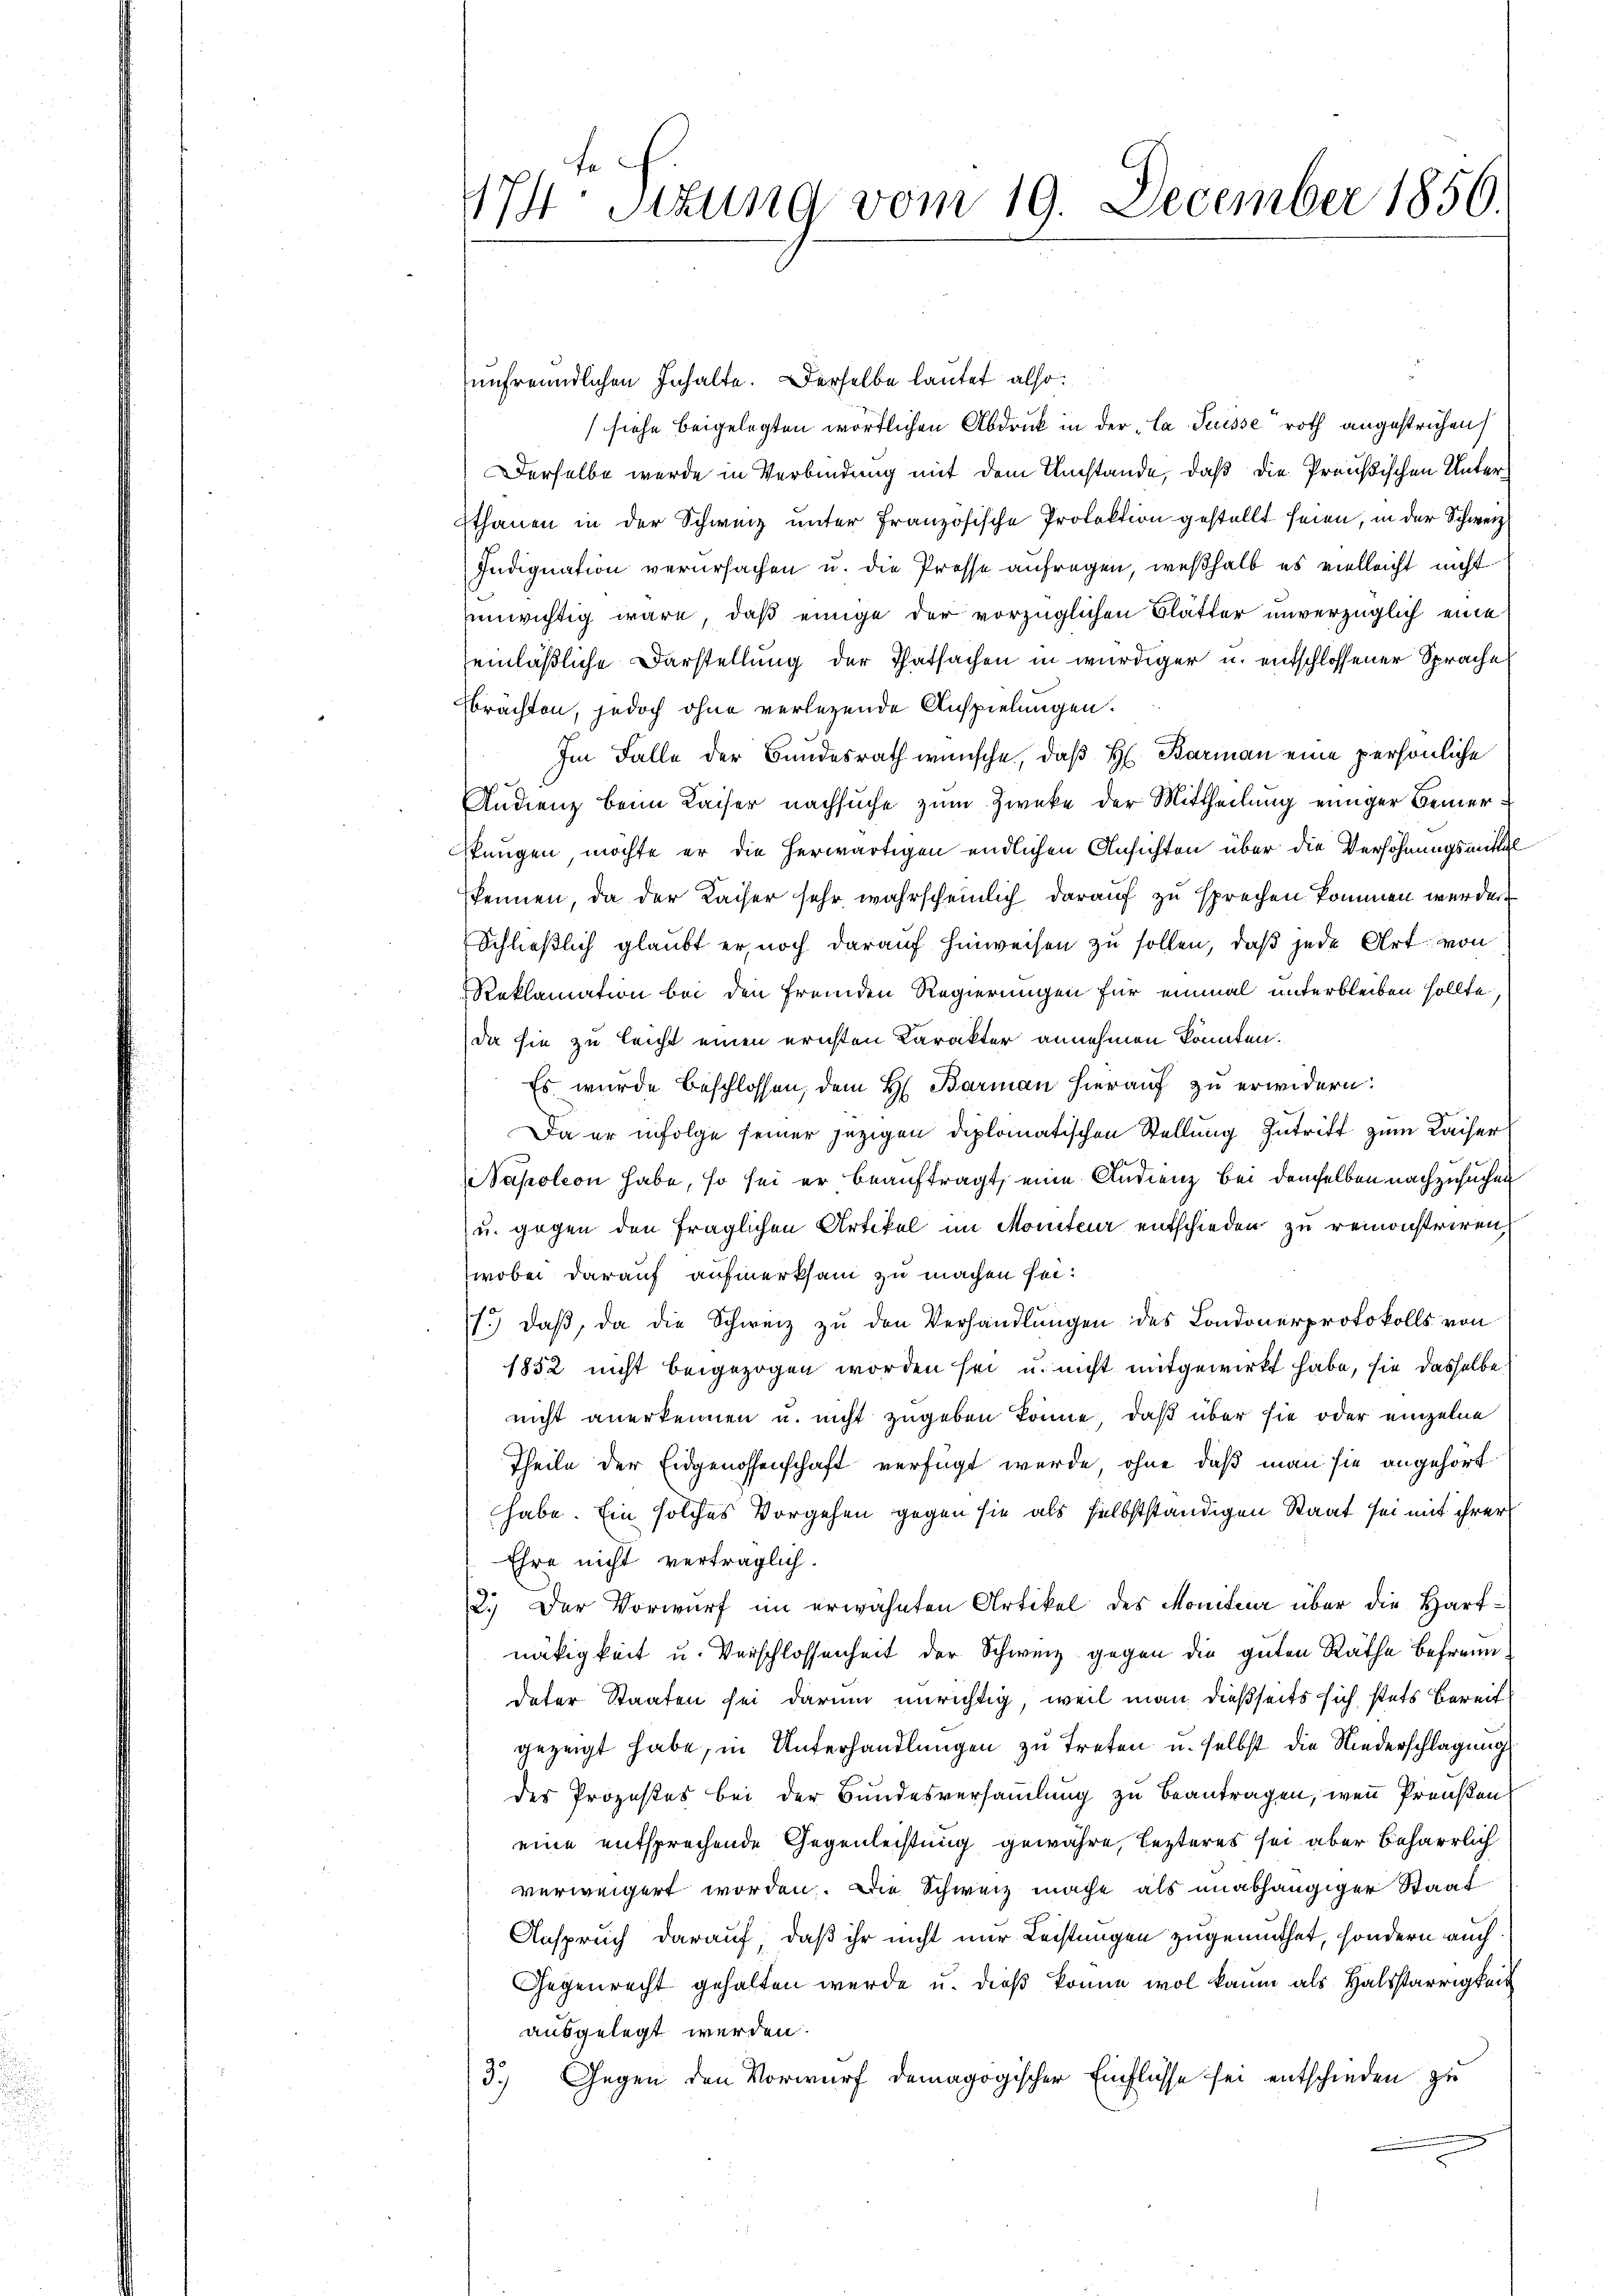
174. Situng vom 19. December 1856.

unfreundlichen Inhalte. Derselbe lautet also:
(siehe beigelegten wörtlichen Abdruck in der „la Puisse roth angestrichen
Derselbe wurde in Verbindung mit dem Umstände, daß die Preußischen Unter¬
Ethanen in der Schweiz unter französische Prolektion gestellt seien, in der Schweiz
Indignation verursachen u. die Prosse aufragen, weßhalb es vielleicht nicht
unwichtig wäre, daß einige der vorzüglichen Blätter unverzüglich eine
einläßliche Darstellung der Thatsachen in würdiger u. entschlossener Sprache
Ebrächten, jedoch ohne verlegende Anspielungen.
Im Falle der Bundesrath wünsche, daß H. Barman eine persönliche
Andienz beim Kaiser nachsuche zum Zwecke der Mittheilung einiger Bemerfungen möchte er die herwärtigen endlichen Ansichten über die Verhöhnungsmittel
skennen, da der Kaiser sehr wahrscheinlich darauf zu sprechen kommen werden.
Schließlich glaubt er noch darauf hinweisen zu sollen, daß jede Art von
Reklamation bei den fremden Regierungen für einmal unterbleiben sollte
da sie zu leicht einen ernsten Karakter annehmen könnten.
Es wurde beschlossen, dem H. Barmann hierauf zu erwidern:
Da er infolge seiner jezigen diplomatischen Stellung zutritt zum Kaiser
Napoleon habe, so sei er beauftragt, eine Andrenz bei demselben nachzusuchen
u. gegen den fraglichen Artikel im Monter entschieden zu remonstriren,
wobei darauf aufmerksam zu machen sei:
1.) daß, da die Schweiz zu den Verhandlungen des Londonerprotokolls von
1852 nicht beigezogen worden sei u. nicht mitgewirkt habe, sie dasselbe
nicht anerkennen u. nicht zugeben könne, daß über sie oder einzelne
Theile der Eidgenossenschaft verfügt werde ohne daß man sie angehört
habe. Ein solches Vorgehen gegen sie als selbstständigen Staat sei mit ihrer
Ehre nicht verträglich.
2.) Der Vorwurf im erwähnten Artikel des Moniter über die Hartnätigkeit u. Verschlossenheit der Schweiz gegen die guten Räthe Befreun
deter Staaten sei darum unrichtig, weil man dießseits sich stets bereits
gezeigt habe, in Unterhandlungen zu treten u. selbst die Niederschlagung
des Prozestes bei der Bundesversammlung zu beantragen, wenn Preußen
eine entsprechende Gegenleistung gewähre, lezteres sei aber beharrlich
verweigert worden. Die Schweiz mache als unabhängiger Staat
Anspruch darauf, daß ihr nicht nur Leistungen zugemuthet, sondern auch
Gegenrecht gehalten werde u. dieß könne wol kaum als Halsstarrigkeit
ausgelegt werden.
Gegen den Vorwurf demagogischer Einflüsse sei entschieden zu
37